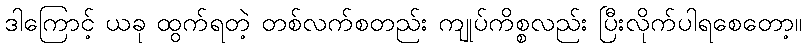
ဒါကြောင့် ယခု ထွက်ရတဲ့ တစ်လက်စတည်း ကျုပ်ကိစ္စလည်း ပြီးလိုက်ပါရစေတော့။